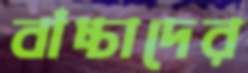
বাঁচ্চাদের